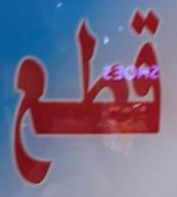
قطع